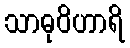
သာဓုဝိဟာရိ